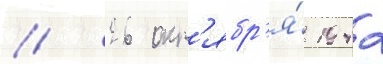
// 26 окт'ябр'я́ 1942